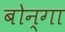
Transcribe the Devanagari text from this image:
बोन्‍गा